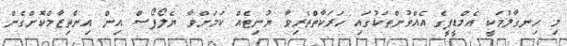
މި ހިނގާލުމަކީ އެމްޑީޕީގެ އެއްވުންތަކުގައި ހަރަކާތްތެރިވާ ޔުނިޓެއް ކަމަށްވާ ޔެލޯފޯސް އިން އިންތިޒާމްކޮށްގެން